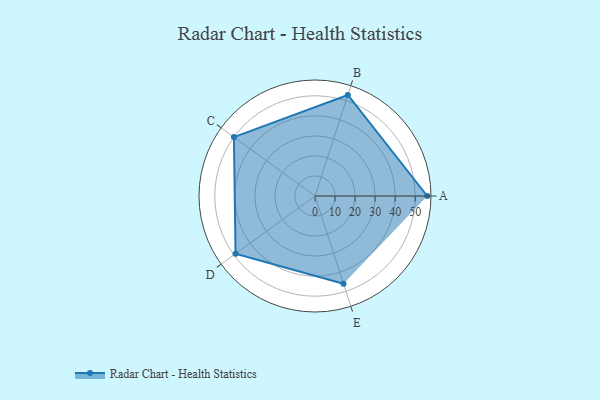
{"axis": {"x": "Skill", "y": "Score"}, "legend": ["Profile"], "data": [{"x": "A", "y": 56.0, "type": "Profile"}, {"x": "B", "y": 53.0, "type": "Profile"}, {"x": "C", "y": 50.0, "type": "Profile"}, {"x": "D", "y": 49.0, "type": "Profile"}, {"x": "E", "y": 46.0, "type": "Profile"}]}